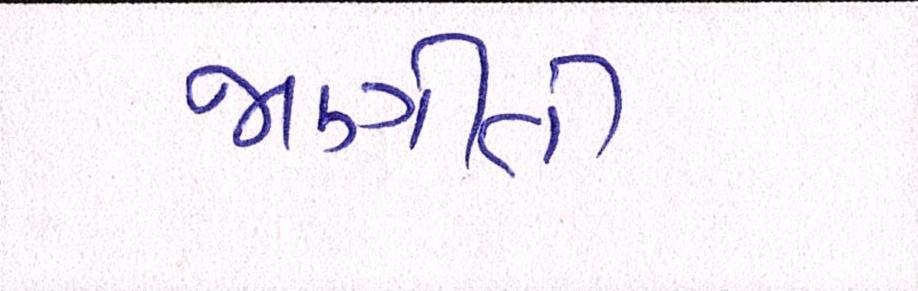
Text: જાણીતી